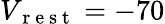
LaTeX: V_{\mathrm{~r~e~s~t~}}=-70